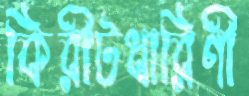
কিরীটধারিণী